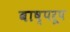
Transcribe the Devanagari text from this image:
बाष्परूप